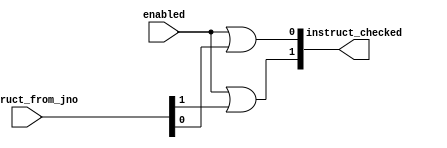
//////////////////////////////////////////////////////////////////////////////////
// Module Name: checking.v
// Description: checks if either of two inputs is HIGH at a certain time
//////////////////////////////////////////////////////////////////////////////////

`timescale 1ns / 1ns

module checking(instruct_checked, enabled, instruct_from_jno);

//Input Ports
input [1:0] instruct_from_jno; 	
input enabled;

//Output Ports
output [1:0] instruct_checked;

//input and output can be declared again as wires to pass into modules
wire [1:0] instruct;
wire enabled;
wire [1:0] instruct_checked;

or o1(instruct_checked[1], enabled, instruct_from_jno[1]);
or o2(instruct_checked[0], enabled, instruct_from_jno[0]);

endmodule